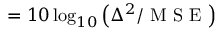
= 1 0 \log _ { 1 0 } \left( { \Delta ^ { 2 } } / { \mathrm { ~ M ~ S ~ E ~ } } \right)